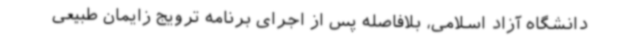
دانشگاه آزاد اسلامی، بلافاصله پس از اجرای برنامه ترویج زایمان طبیعی